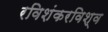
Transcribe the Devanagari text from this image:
रविशंकरविश्व